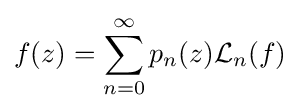
f(z)=\sum _{n=0}^{\infty }p_{n}(z){\mathcal {L}}_{n}(f)